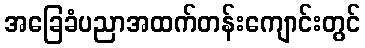
အခြေခံပညာအထက်တန်းကျောင်းတွင်